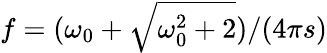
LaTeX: f=(\omega_{0}+\sqrt{\omega_{0}^{2}+2})/(4\pi s)